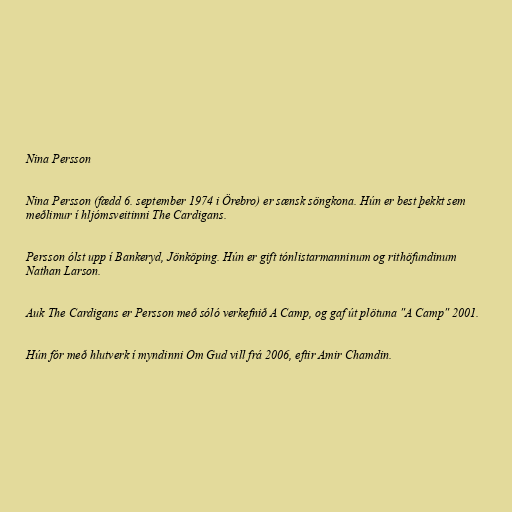
Nina Persson

Nina Persson (fædd 6. september 1974 i Örebro) er sænsk söngkona. Hún er best þekkt sem
meðlimur í hljómsveitinni The Cardigans.

Persson ólst upp í Bankeryd, Jönköping. Hún er gift tónlistarmanninum og rithöfundinum
Nathan Larson.

Auk The Cardigans er Persson með sóló verkefnið A Camp, og gaf út plötuna "A Camp" 2001.

Hún fór með hlutverk í myndinni Om Gud vill frá 2006, eftir Amir Chamdin.